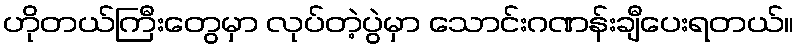
ဟိုတယ်ကြီးတွေမှာ လုပ်တဲ့ပွဲမှာ သောင်းဂဏန်းချီပေးရတယ်။